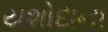
યશોદાના